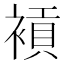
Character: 𧜙